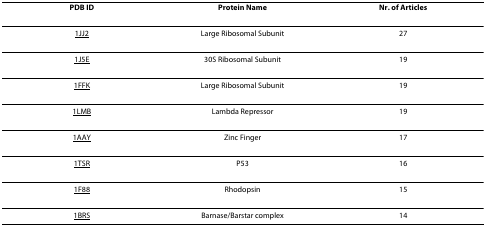
<table><thead><tr><td><b>PDB ID</b></td><td><b>Protein Name</b></td><td><b>Nr. of Articles</b></td></tr></thead><tbody><tr><td>1JJ2</td><td>Large Ribosomal Subunit</td><td>27</td></tr><tr><td>1J5E</td><td>30S Ribosomal Subunit</td><td>19</td></tr><tr><td>1FFK</td><td>Large Ribosomal Subunit</td><td>19</td></tr><tr><td>1LMB</td><td>Lambda Repressor</td><td>19</td></tr><tr><td>1AAY</td><td>Zinc Finger</td><td>17</td></tr><tr><td>1TSR</td><td>P53</td><td>16</td></tr><tr><td>1F88</td><td>Rhodopsin</td><td>15</td></tr><tr><td>1BRS</td><td>Barnase/Barstar complex</td><td>14</td></tr></tbody></table>